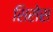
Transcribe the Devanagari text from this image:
सिरोस